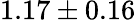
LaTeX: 1.17\pm 0.16